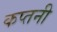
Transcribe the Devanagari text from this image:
कप्तनी